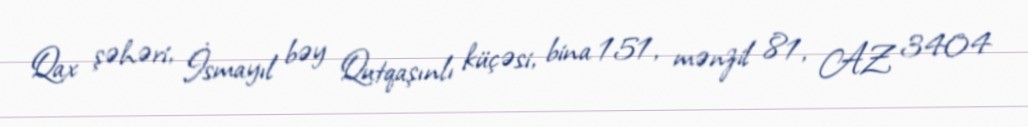
Qax şəhəri, İsmayıl bəy Qutqaşınlı küçəsi, bina 151, mənzil 81, AZ 3404